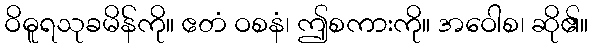
ဝိဓူရသုခမိန်ကို။ ဧတံ ဝစနံ၊ ဤစကားကို။ အဝေါစ၊ ဆို၏။